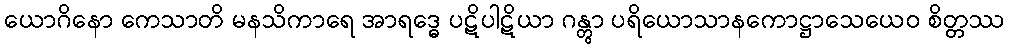
ယောဂိနော ကေသာတိ မနသိကာရေ အာရဒ္ဓေ ပဋိပါဋိယာ ဂန္တွာ ပရိယောသာနကောဋ္ဌာသေယေဝ စိတ္တဿ